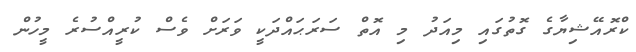
ކްރޮއޭޝިޔާގެ ގޮތުގައި މިއަދު މި އޮތް ސަރަޙައްދަކީ ވަރަށް ވެސް ކުރީއްސުރެ މީހުން